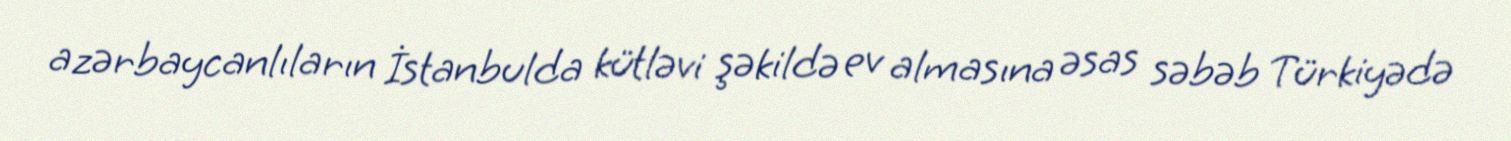
azərbaycanlıların İstanbulda kütləvi şəkildə ev almasına əsas səbəb Türkiyədə